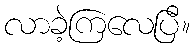
လာခဲ့ကြလေပြီ။